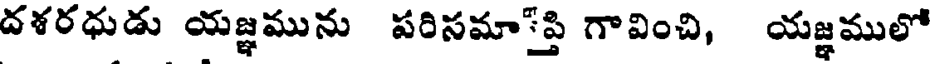
దళరధుడు యజ్ఞమును పరిసమా్ప్తి గావించి, యజ్ఞములో